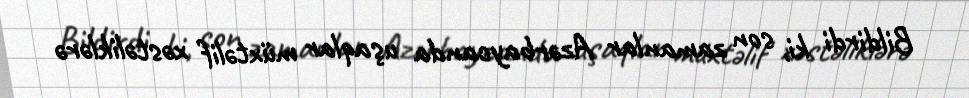
Bildirdi ki, son zamanlar Azərbaycanda uşaqlar müxtəlif xəstəliklərə